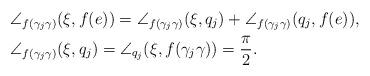
LaTeX: \begin{align*} & \angle_{f(\gamma_j\gamma)}(\xi, f(e)) = \angle_{f(\gamma_j\gamma)}(\xi, q_j) + \angle_{f(\gamma_j\gamma)}(q_j, f(e)), \\ & \angle_{f(\gamma_j\gamma)}(\xi, q_j) = \angle_{q_j} (\xi, f(\gamma_j\gamma))=\frac{\pi}{2} . \end{align*}